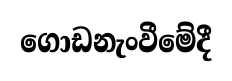
ගොඩනැංවීමේදී